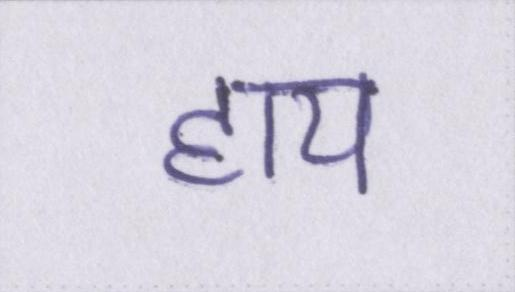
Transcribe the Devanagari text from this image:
हाय